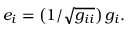
\begin{array} { r } { \boldsymbol { e _ { i } } = \left( 1 / \sqrt { g _ { i i } } \right) \boldsymbol { g _ { i } } . } \end{array}